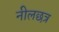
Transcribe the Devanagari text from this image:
नीलछत्र